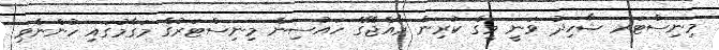
މިނިސްޓަރ ޝާހިދު ވަނީ މީގެ ކުރިން ރާއްޖޭގެ ހައުސިން މިނިސްޓަރުގެ މަގާމުގައި ހުންނެވި